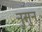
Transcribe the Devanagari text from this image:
नुसुन